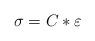
LaTeX: \begin{align*}\sigma = C * \varepsilon\end{align*}